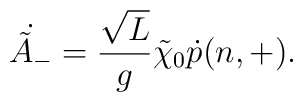
\dot{\tilde A_-}=\frac{\sqrt L}{g} \tilde \chi_0\dot p(n,+).